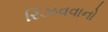
રિઝવવાનો